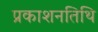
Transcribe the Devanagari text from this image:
प्रकाशनतिथि